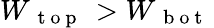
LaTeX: W_{\mathrm{~{~t~o~p~}~}}>W_{\mathrm{~{~b~o~t~}~}}